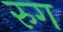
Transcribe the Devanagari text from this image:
रुग